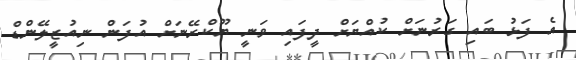
އެ ފަޅު ބައި ގަރުނަށް ކުއްޔަށް ދީފައި ވަނީ ޔޫކްރޭނަށް އުފަން ނިއުޒީލޭންޑް